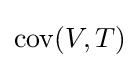
\operatorname {cov} (V,T)